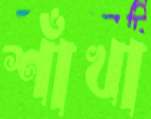
শাঁখা